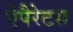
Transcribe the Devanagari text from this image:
ऐपैरेटस